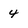
Character: 4